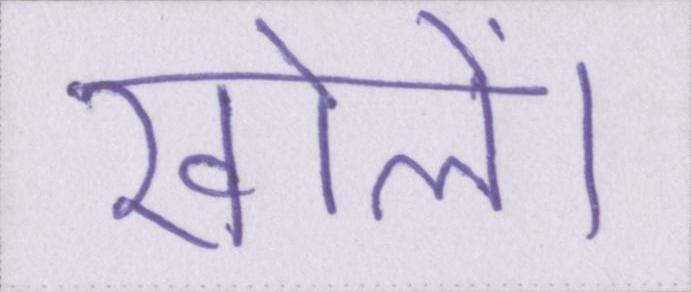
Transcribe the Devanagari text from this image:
खोलें।